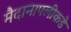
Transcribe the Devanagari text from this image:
मैदानापलीकडे